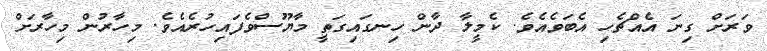
ވަރަށް ގިނަ އެއްޗެހި އެބަވެއެވެ. ކެމީލާ ދާން ހިނގައިގަތީ މާޔޫސްވެފައިހުރެއެވެ. މިހާރުން މިހާރަށް